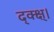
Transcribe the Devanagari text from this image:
द्क्क्ष्।